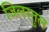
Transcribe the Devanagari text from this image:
जिलरतुल